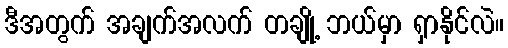
ဒီအတွက် အချက်အလက် တချို့ ဘယ်မှာ ရှာနိုင်လဲ။